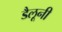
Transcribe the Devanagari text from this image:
डैलूनी